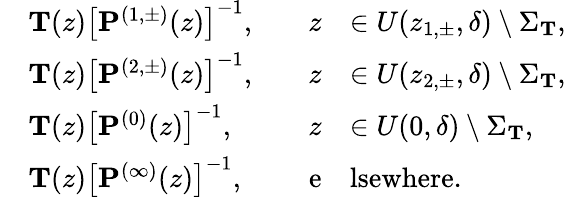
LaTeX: \begin{array}{rlrl}&{\mathbf{T}(z)\left[\mathbf{P}^{(1,\pm)}(z)\right]^{-1},\quad}&{z}&{\in U(z_{1,\pm},\delta)\setminus\Sigma_{\mathbf{T}},}\\ &{\mathbf{T}(z)\left[\mathbf{P}^{(2,\pm)}(z)\right]^{-1},\quad}&{z}&{\in U(z_{2,\pm},\delta)\setminus\Sigma_{\mathbf{T}},}\\ &{\mathbf{T}(z)\left[\mathbf{P}^{(0)}(z)\right]^{-1},\quad}&{z}&{\in U(0,\delta)\setminus\Sigma_{\mathbf{T}},}\\ &{\mathbf{T}(z)\left[\mathbf{P}^{(\infty)}(z)\right]^{-1},\quad}&{\mathrm{e}}&{\mathrm{lsewhere}.}\end{array}